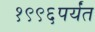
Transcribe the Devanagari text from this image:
१९९६पर्यंत